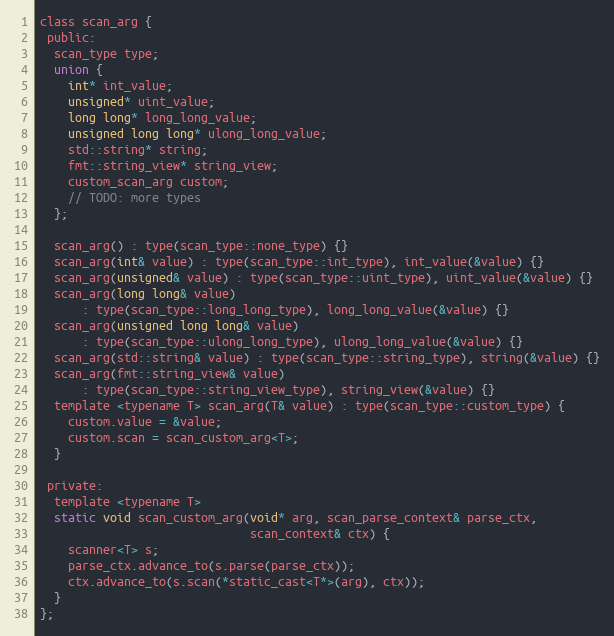
Language: C
class scan_arg {
 public:
  scan_type type;
  union {
    int* int_value;
    unsigned* uint_value;
    long long* long_long_value;
    unsigned long long* ulong_long_value;
    std::string* string;
    fmt::string_view* string_view;
    custom_scan_arg custom;
    // TODO: more types
  };

  scan_arg() : type(scan_type::none_type) {}
  scan_arg(int& value) : type(scan_type::int_type), int_value(&value) {}
  scan_arg(unsigned& value) : type(scan_type::uint_type), uint_value(&value) {}
  scan_arg(long long& value)
      : type(scan_type::long_long_type), long_long_value(&value) {}
  scan_arg(unsigned long long& value)
      : type(scan_type::ulong_long_type), ulong_long_value(&value) {}
  scan_arg(std::string& value) : type(scan_type::string_type), string(&value) {}
  scan_arg(fmt::string_view& value)
      : type(scan_type::string_view_type), string_view(&value) {}
  template <typename T> scan_arg(T& value) : type(scan_type::custom_type) {
    custom.value = &value;
    custom.scan = scan_custom_arg<T>;
  }

 private:
  template <typename T>
  static void scan_custom_arg(void* arg, scan_parse_context& parse_ctx,
                              scan_context& ctx) {
    scanner<T> s;
    parse_ctx.advance_to(s.parse(parse_ctx));
    ctx.advance_to(s.scan(*static_cast<T*>(arg), ctx));
  }
};